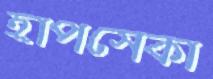
হাপসেকা